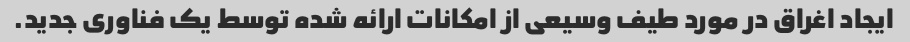
ایجاد اغراق در مورد طیف وسیعی از امکانات ارائه شده توسط یک فناوری جدید.